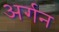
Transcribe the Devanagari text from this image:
अर्गन